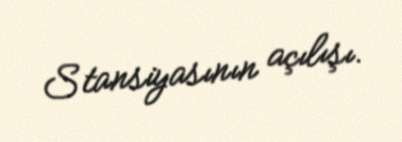
Stansiyasının açılışı.